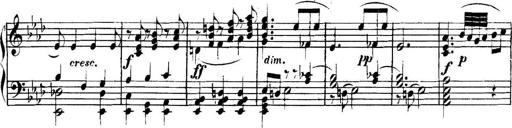
Title: Collected Piano Sonatas
Composer: Muzio Clementi